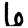
Digit: 6